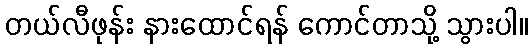
တယ်လီဖုန်း နားထောင်ရန် ကောင်တာသို့ သွားပါ။